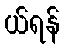
ယ်ရန်